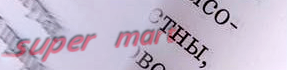
super mart